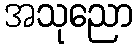
အသုညော